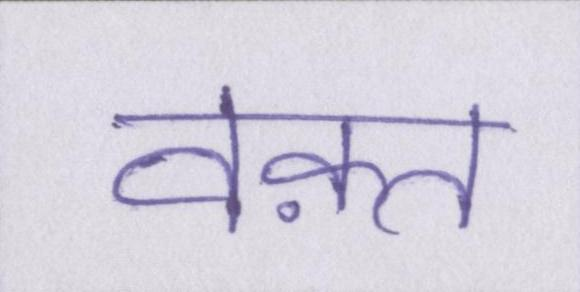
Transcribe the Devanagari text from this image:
वक़्त